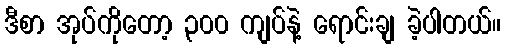
ဒီစာ အုပ်ကိုတော့ ၃၀၀ ကျပ်နဲ့ ရောင်းချ ခဲ့ပါတယ်။